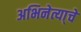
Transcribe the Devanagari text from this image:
अभिनेत्या्चे